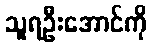
သူရဦးအောင်ကို